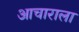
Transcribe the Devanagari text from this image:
आचाराला